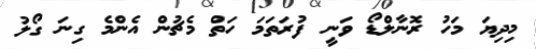
މިދިޔަ މަހު ރޮނާލްޑޯ ވަނީ ފުރަތަމަ ހަތް މެޗުން އެންމެ ގިނަ ގޯލު